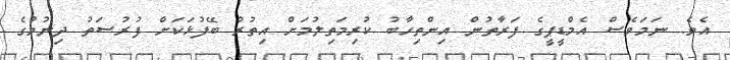
އެވެ. ނަމަވެސް އެމްޑީޕީގެ ފަރާތުން އިންތިހާބު ކުރިމަތިލުމަށް އިތުރު ބޭފުޅަކަށް ފުރުސަތު ދިނުމުގެ